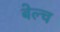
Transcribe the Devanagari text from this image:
बेल्च